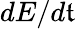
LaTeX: dE/d\mathfrak{t}